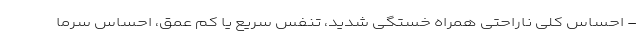
- احساس کلی ناراحتی همراه خستگی شدید، تنفس سریع یا کم عمق، احساس سرما